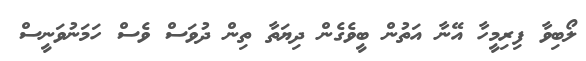
ލޯބިވާ ފިރިމީހާ އޭނާ އަތުން ބީވެގެން ދިޔަތާ ތިން ދުވަސް ވެސް ހަމަނުވަނީސް